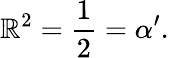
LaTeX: \mathbb{R}^{2}=\frac{{1}}{{2}}=\alpha^{\prime}.